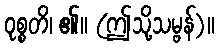
ဝုစ္စတိ၊ ၏။ (ဤသို့သမ္ဗန်)။